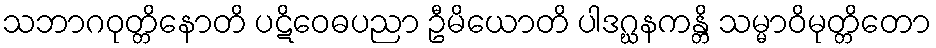
သဘာဂဝုတ္တိနောတိ ပဋိဝေဓပညာ ဦမိယောတိ ပါဒဂ္ဃနကန္တိ သမ္မာဝိမုတ္တိတော